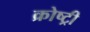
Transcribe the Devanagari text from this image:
क्रोष्ट्री